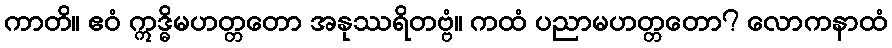
ကာတိ။ ဧဝံ ဣဒ္ဓိမဟတ္တတော အနုဿရိတဗ္ဗံ။ ကထံ ပညာမဟတ္တတော? လောကနာထံ